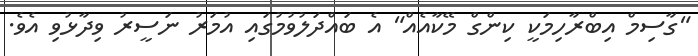
"ގާސިމް އިބްރާހިމަކީ ކިންގް މޭކާއެއް" އެ ބައްދަލުވުމުގައި އުމަރު ނަސީރު ވިދާޅުވި އެވެ.